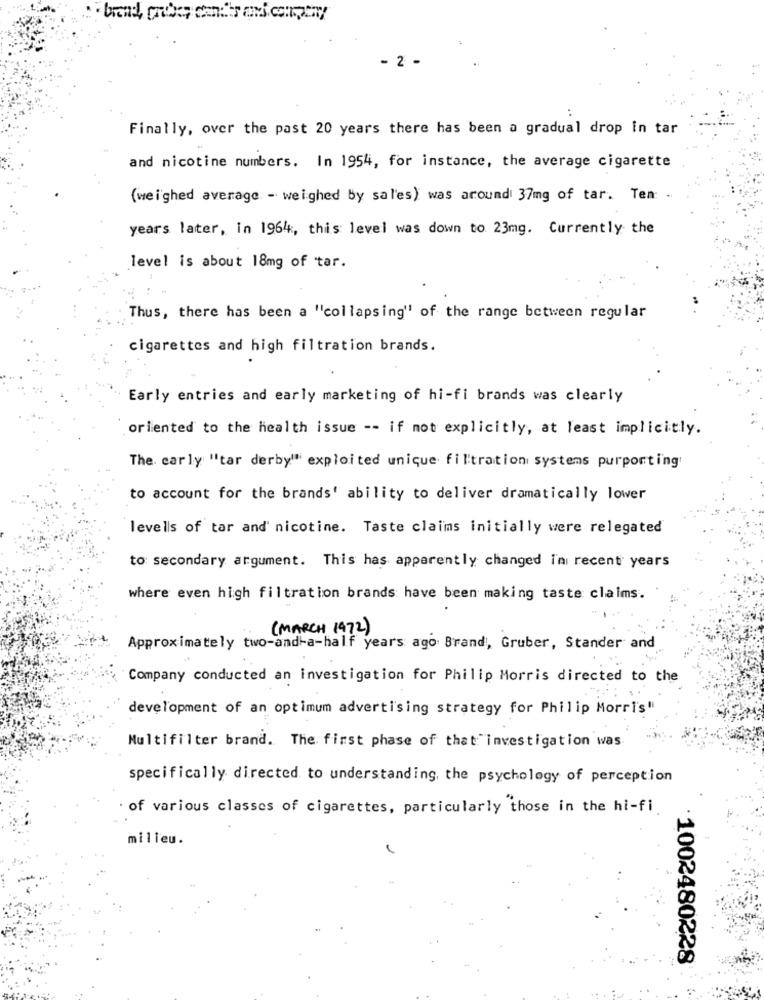
- 2
..
Finally, over the past 20 years there has been a gradual drop in tar
and nicotine numbers. In 1954, for instance, the average cigarette
(weighed average - weighed by sales) was around 37mg of tar. Ten:
years later, in 1964, this level was down to 23mg. Currently the
level is about 18mg of tar.
Thus, there has been a "collapsing" of the range between regular
cigarettes and high filtration brands.
Early entries and early marketing of hi-fi brands was clearly
oriented to the health issue -- if not explicitly, at least implicitly.
The carly "tar derby" exploited unique filtration systems purporting
to account for the brands' ability to deliver dramatically lower
levels of tar and' nicotine. Taste claims initially were relegated
to secondary argument. This has apparently changed in recent years
where even high filtration brands have been making taste claims.
(MARCH 1972)
Approximately two-and-a-half years ago Brand, Gruber, Stander and
Company conducted an investigation for Philip Morris directed to the
development of an optimum advertising strategy for Philip Morris"
Multifilter brand. The first phase of that investigation was
specifically directed to understanding, the psychology of perception
of various classes of cigarettes, particularly those in the hi-fi
milieu.
1002480228